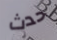
حدث